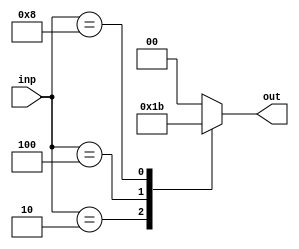
module encoder(inp,out);
	input [3:0]inp;
	output [1:0]out;
	reg [1:0]out;
	always@(*)begin
		out=2'b00;
		case(inp)
			4'b0001:out = 2'b00;
			4'b0010:out = 2'b01;
			4'b0100:out = 2'b10;
			4'b1000:out = 2'b11;
		endcase
	end
endmodule

module test;
	reg [3:0]inp;
	wire [1:0]out;
	encoder t(inp,out);
	initial begin
		$dumpfile("q9.vcd");
		$dumpvars(0,test);
		$display("input\tout");
		$monitor("%b\t%b",inp,out);
		inp=4'b0001; #10
		inp=4'b0010; #10
		inp=4'b0100; #10
		inp=4'b1000; #10 $finish;
	end
endmodule